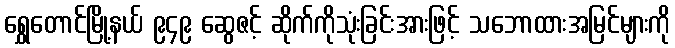
ရွှေတောင်မြို့နယ် ၉၄၉ ဆွေဇင့် ဆိုက်ကိုသုံးခြင်းအားဖြင့် သဘောထားအမြင်များကို